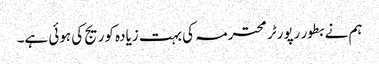
ہم نے بطور رپورٹر محترمہ کی بہت زیادہ کوریج کی ہوئی ہے۔